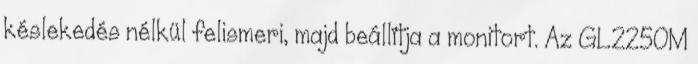
késlekedés nélkül felismeri, majd beállítja a monitort. Az GL2250M